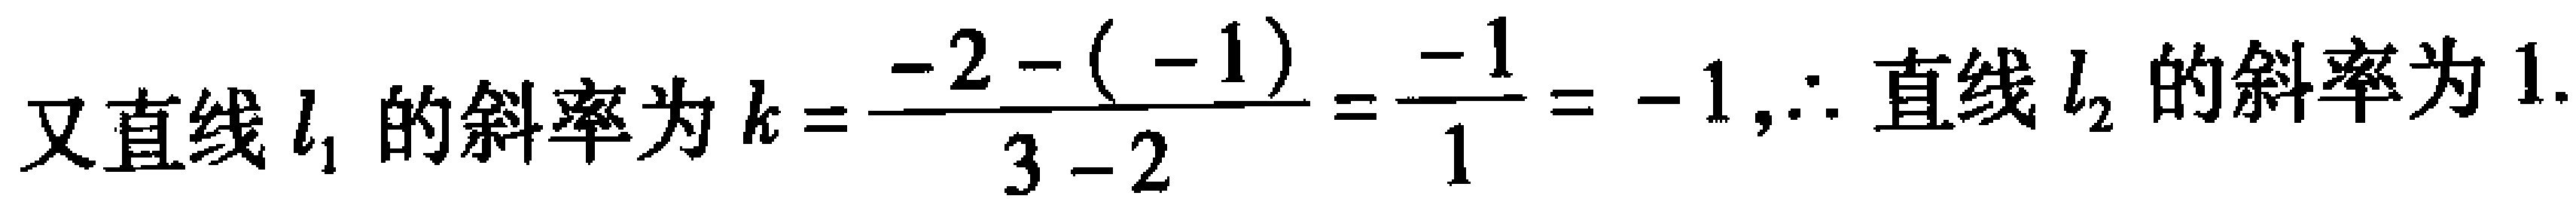
又直线 \(l_{1}\) 的斜率为 \(k = \frac{-2 - (-1)}{3 - 2} = \frac{-1}{1} = -1,\therefore\) 直线 \(l_{2}\) 的斜率为 \(1\).